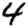
Digit: 4